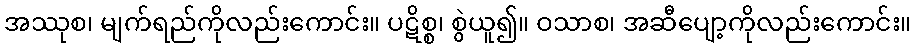
အဿုစ၊ မျက်ရည်ကိုလည်းကောင်း။ ပဋိစ္စ၊ စွဲယူ၍။ ဝသာစ၊ အဆီပျော့ကိုလည်းကောင်း။